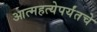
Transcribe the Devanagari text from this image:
आत्महत्येपर्यंतचे